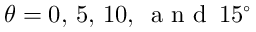
\theta = 0 , \, 5 , \, 1 0 , \, \textrm { a n d } \, 1 5 ^ { \circ }